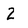
Character: 2